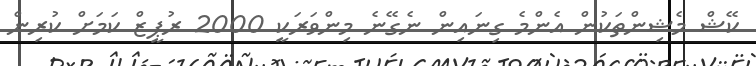
ކޭޝް މެޝިންތަކުން އެންމެ ގިނައިން ނެގޭނެ މިންވަރަކީ 2000 ރުޕީޒް ކަމަށް ކުރިން